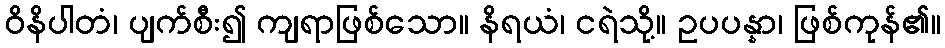
ဝိနိပါတံ၊ ပျက်စီး၍ ကျရာဖြစ်သော။ နိရယံ၊ ငရဲသို့။ ဥပပန္နာ၊ ဖြစ်ကုန်၏။